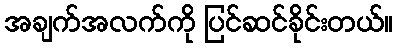
အချက်အလက်ကို ပြင်ဆင်ခိုင်းတယ်။